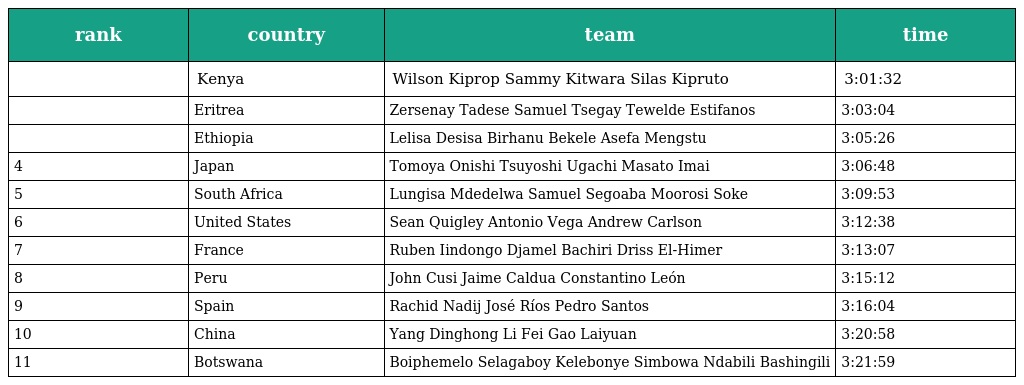
| rank | country | team | time |
 | --- | --- | --- | --- |
 |  | Kenya | Wilson Kiprop Sammy Kitwara Silas Kipruto | 3:01:32 |
 |  | Eritrea | Zersenay Tadese Samuel Tsegay Tewelde Estifanos | 3:03:04 |
 |  | Ethiopia | Lelisa Desisa Birhanu Bekele Asefa Mengstu | 3:05:26 |
 | 4 | Japan | Tomoya Onishi Tsuyoshi Ugachi Masato Imai | 3:06:48 |
 | 5 | South Africa | Lungisa Mdedelwa Samuel Segoaba Moorosi Soke | 3:09:53 |
 | 6 | United States | Sean Quigley Antonio Vega Andrew Carlson | 3:12:38 |
 | 7 | France | Ruben Iindongo Djamel Bachiri Driss El-Himer | 3:13:07 |
 | 8 | Peru | John Cusi Jaime Caldua Constantino León | 3:15:12 |
 | 9 | Spain | Rachid Nadij José Ríos Pedro Santos | 3:16:04 |
 | 10 | China | Yang Dinghong Li Fei Gao Laiyuan | 3:20:58 |
 | 11 | Botswana | Boiphemelo Selagaboy Kelebonye Simbowa Ndabili Bashingili | 3:21:59 |